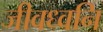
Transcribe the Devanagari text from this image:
जीवध्वनि